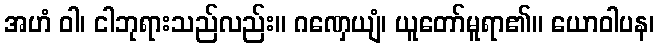
အဟံ ဝါ၊ ငါဘုရားသည်လည်း။ ဂဏှေယျံ၊ ယူတော်မူရာ၏။ ယောဝါပန၊